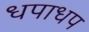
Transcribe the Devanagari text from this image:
धपाधप